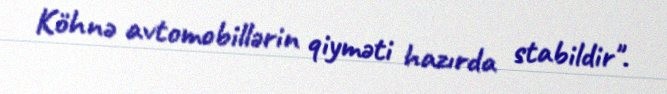
Köhnə avtomobillərin qiyməti hazırda stabildir".